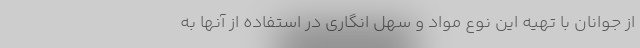
از جوانان با تهیه این نوع مواد و سهل انگاری در استفاده از آنها به